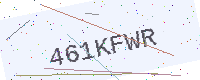
Text: 461KFWR